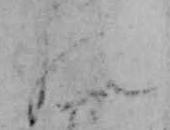
の